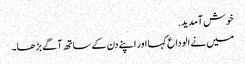
خوش آمدید.
میں نے الوداع کہا اور اپنے دن کے ساتھ آگے بڑھا۔